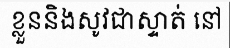
ខ្លួននិងសូវជាស្ទាត់ នៅ